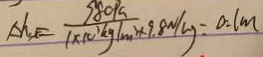
\Delta h _ { s x } E = \frac { 9 8 0 P a } { 1 \times 1 0 ^ { 3 } k g / m ^ { 3 } \times 9 . 8 N / k g } = 0 : l m